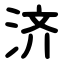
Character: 济